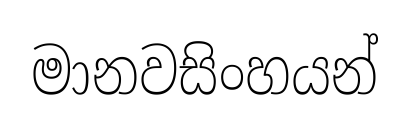
මානවසිංහයන්